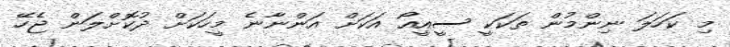
މި ކަހަލަ ނިންމުން ތަކަކީ ސީއީއޯ އަކަށް އަންނާނެ މީހަކަށް ދުކޮށްލަން ޖެހޭ